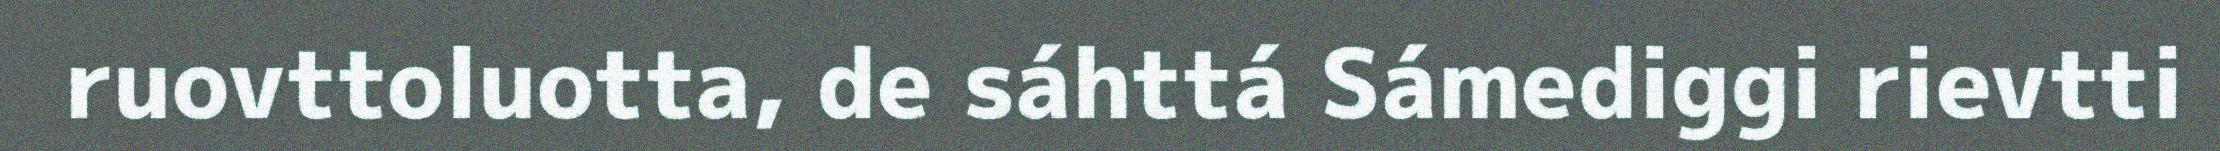
ruovttoluotta, de sáhttá Sámediggi rievtti